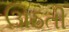
ઊઠતી